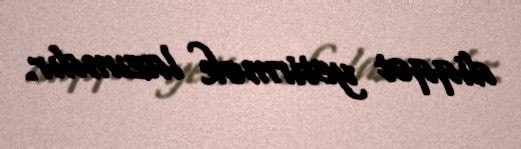
diqqət yetirmək lazımdır.